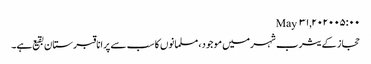
May ۳۱, ۲۰۲۰ ۰۵:۰۰
حجاز کے یثرب شہرمیں موجود، مسلمانوں کا سب سے پرانا قبرستان بقیع ہے۔